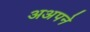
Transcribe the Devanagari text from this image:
अअपने